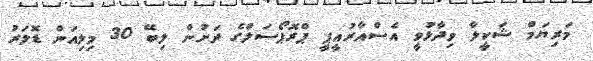
މަރިޔަމް ޝަކީލާ ވިދާޅުވީ އެސްއާރުއީޕީ ޕްރޮޕޯސަލްގެ ދަށުން ލިބޭ 30 މިލިއަން ޑޮލަރު